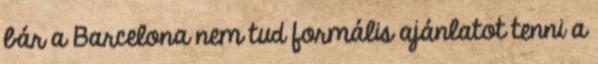
bár a Barcelona nem tud formális ajánlatot tenni a